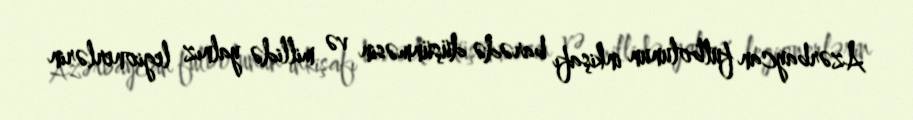
Azərbaycan futbolunun inkişafı barədə düşünməsin və millidə yalnız legionerlərin